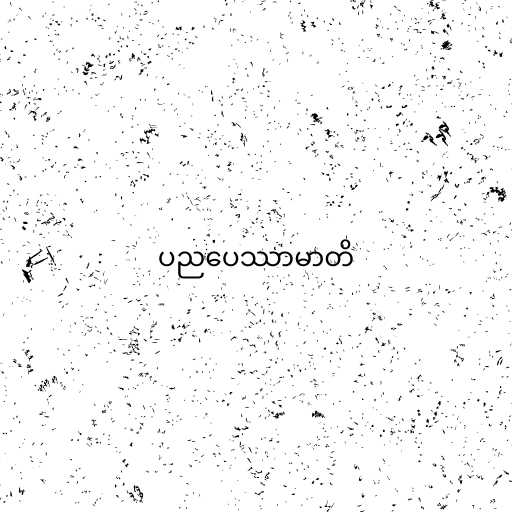
ပညပေဿာမာတိ